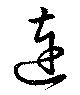
達